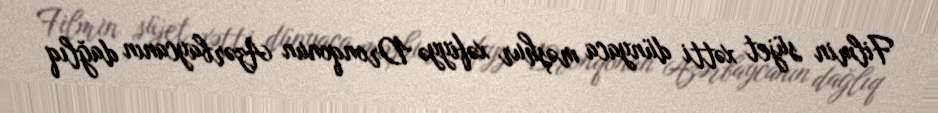
Filmin süjet xətti dünyaca məşhur xəfiyyə Dronqonun Azərbaycanın dağlıq